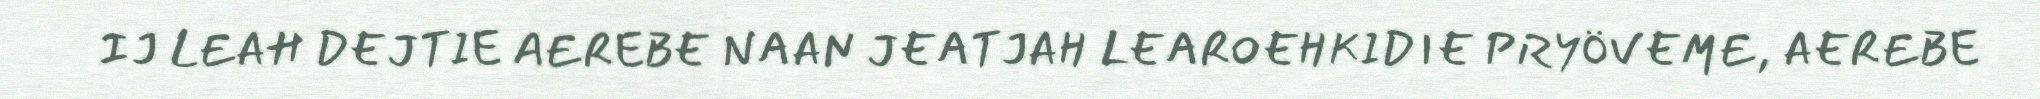
IJ LEAH DEJTIE AEREBE NAAN JEATJAH LEAROEHKIDIE PRYÖVEME, AEREBE